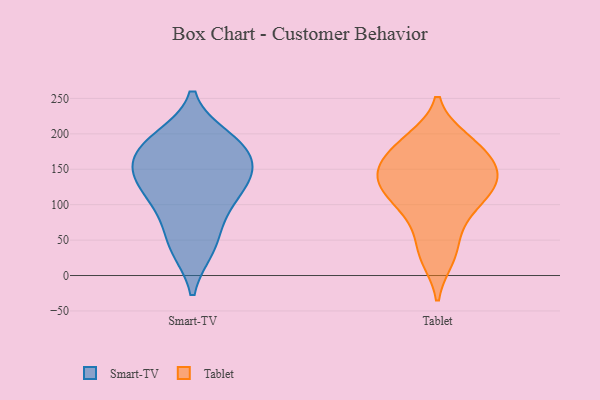
{"axis": {"x": "Page Views", "y": "Value"}, "legend": ["Smart-TV", "Tablet"], "data": [{"x": "", "y": 149, "type": "Smart-TV"}, {"x": "", "y": 38, "type": "Smart-TV"}, {"x": "", "y": 173, "type": "Smart-TV"}, {"x": "", "y": 132, "type": "Smart-TV"}, {"x": "", "y": 189, "type": "Smart-TV"}, {"x": "", "y": 134, "type": "Smart-TV"}, {"x": "", "y": 73, "type": "Smart-TV"}, {"x": "", "y": 194, "type": "Smart-TV"}, {"x": "", "y": 188, "type": "Smart-TV"}, {"x": "", "y": 142, "type": "Smart-TV"}, {"x": "", "y": 165, "type": "Smart-TV"}, {"x": "", "y": 39, "type": "Smart-TV"}, {"x": "", "y": 101, "type": "Smart-TV"}, {"x": "", "y": 108, "type": "Smart-TV"}, {"x": "", "y": 25, "type": "Tablet"}, {"x": "", "y": 151, "type": "Tablet"}, {"x": "", "y": 88, "type": "Tablet"}, {"x": "", "y": 124, "type": "Tablet"}, {"x": "", "y": 158, "type": "Tablet"}, {"x": "", "y": 191, "type": "Tablet"}, {"x": "", "y": 142, "type": "Tablet"}, {"x": "", "y": 132, "type": "Tablet"}, {"x": "", "y": 90, "type": "Tablet"}, {"x": "", "y": 50, "type": "Tablet"}, {"x": "", "y": 99, "type": "Tablet"}, {"x": "", "y": 166, "type": "Tablet"}, {"x": "", "y": 126, "type": "Tablet"}, {"x": "", "y": 170, "type": "Tablet"}, {"x": "", "y": 192, "type": "Tablet"}, {"x": "", "y": 188, "type": "Tablet"}, {"x": "", "y": 28, "type": "Tablet"}, {"x": "", "y": 136, "type": "Tablet"}, {"x": "", "y": 121, "type": "Tablet"}]}